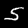
Digit: 5